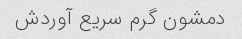
دمشون گرم سریع آوردش